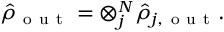
\hat { \rho } _ { \mathrm { ~ o ~ u ~ t ~ } } = \otimes _ { j } ^ { N } \hat { \rho } _ { j , \mathrm { ~ o ~ u ~ t ~ } } .